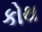
કોથ